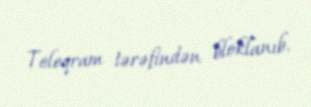
Teleqram tərəfindən bloklanıb.